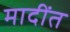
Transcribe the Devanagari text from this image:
मादींत